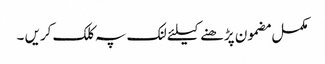
مکمل مضمون پڑھنے کیلئے لنک پہ کلک کریں ۔